Madras plague regulations and rules for district municipalities and other towns and villages
Disease focus: Plague
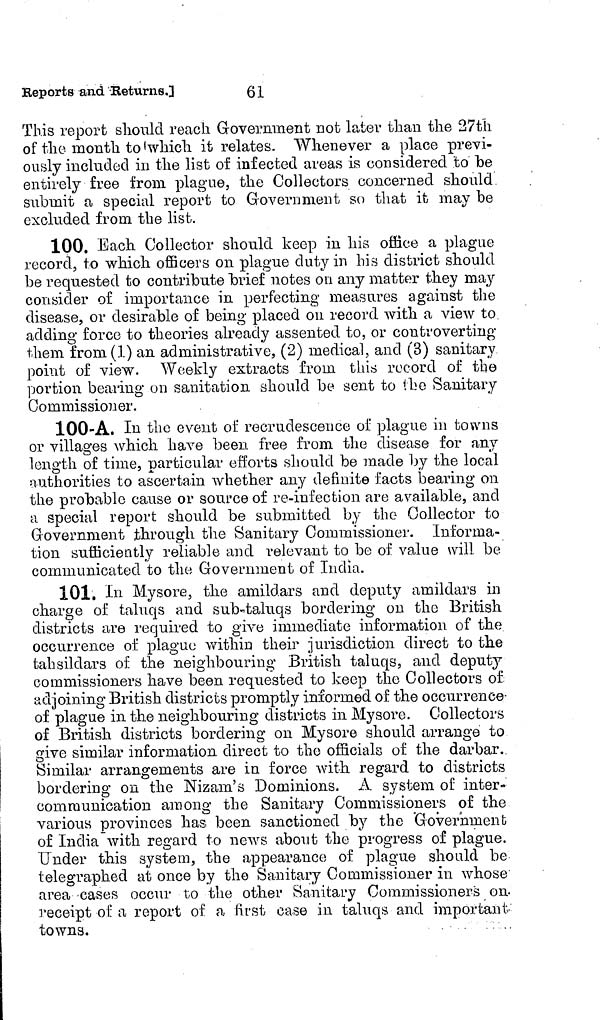
61
Reports and Returns.]
This report should reach Government not later than the 27th
of the month to'which it relates. "Whenever a place previ-
ously included in the list of infected areas is considered to be
entirely free from plague, the Collectors concerned should,
submit a special report to Grovernment so that it may be
excluded from the list.
100. Each Collector should keep in his office a plague
record, to which officers on plague duty in his district should
be requested to contribute brief notes on any matter they may
consider of importance in perfecting measures against the
disease, or desirable of being placed on record with a view to.
adding force to theories already assented to, or controverting
them from(l) an administrative, (2) medical, and (3) sanitary
point of view. Weekly extracts from this record of the
portion bearing on sanitation should be sent to the Sanitary
Commissioner.
100-A. In the event of recrudescence of plague in towns
or villages which have been free from the disease for any
length of time, particular efforts should be made by the local
.
/
authorities to ascertain whether any definite facts bearing on
the probable cause or source of re-infection are available, and
a special report should be submitted by the Collector to
Government through the Sanitary Commissioner. Informa-
tion sufficiently reliable and relevant to be of value will be
communicated to the Government of India.
101. In Mysore, the amildars and deputy amildars in
charge of taluqs and sub-taluqs bordering on the British
districts are required to give immediate information of the
occurrence of plague within their jurisdiction direct to the
tahsildars of the neighbouring British taluqs, and deputy
commissioners have been requested to keep the Collectors of:
adjoining British districts promptly informed of the occurrence-
of plague in the neighbouring districts in Mysore. Collectors
of British districts bordering on Mysore should arrange to
give similar information direct to the officials of the darbar.
Similar arrangements are in force with regard to districts
bordering on the Nizam's Dominions. A system of inter-
communication among the Sanitary Commissioners of the
various provinces has been sanctioned by the Government
of India with regard to news about the progress of plague,
under this system, the appearance of plague should be
telegraphed at once by the Sanitary Commissioner in whose
area -cases occur to the other Sanitary Commissioners on-
receipt of: a report of a first case in taluqs and important-
towns.